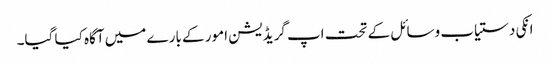
انکی دستیاب وسائل کے تحت اپ گریڈیشن امور کے بارے میں آگاہ کیا گیا۔